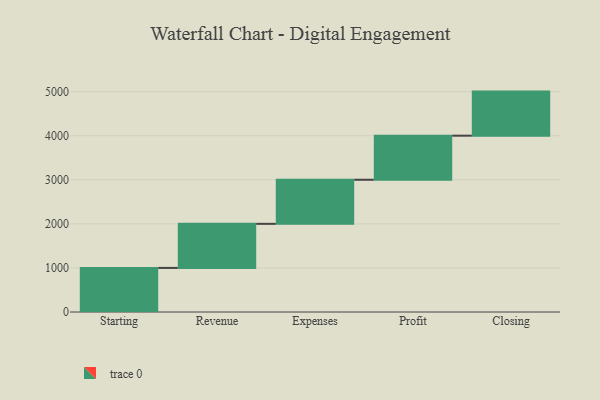
{"axis": {"x": "Step", "y": "Value"}, "legend": [""], "data": [{"x": "Starting", "y": 1000, "type": ""}, {"x": "Revenue", "y": 1000, "type": ""}, {"x": "Expenses", "y": 1000, "type": ""}, {"x": "Profit", "y": 1000, "type": ""}, {"x": "Closing", "y": 1000, "type": ""}]}